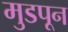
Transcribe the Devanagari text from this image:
मुडपून